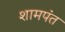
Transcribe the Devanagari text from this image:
शामपंत